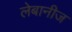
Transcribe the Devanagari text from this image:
लेबानीज